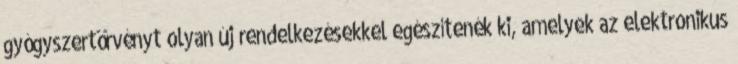
gyógyszertörvényt olyan új rendelkezésekkel egészítenék ki, amelyek az elektronikus